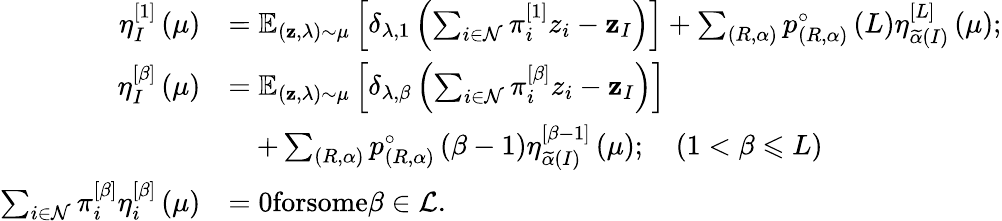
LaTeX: \begin{array}{rl}{\eta_{I}^{\left[1\right]}\left(\mu\right)}&{=\mathbb{E}_{\left(\mathbf{z},\lambda\right)\sim\mu}\left[\delta_{\lambda,1}\left(\sum_{i\in\mathcal{N}}\pi_{i}^{\left[1\right]}z_{i}-\mathbf{z}_{I}\right)\right]+\sum_{\left(R,\alpha\right)}p_{\left(R,\alpha\right)}^{\circ}\left(L\right)\eta_{\widetilde{\alpha}\left(I\right)}^{\left[L\right]}\left(\mu\right);}\\ {\eta_{I}^{\left[\beta\right]}\left(\mu\right)}&{=\mathbb{E}_{\left(\mathbf{z},\lambda\right)\sim\mu}\left[\delta_{\lambda,\beta}\left(\sum_{i\in\mathcal{N}}\pi_{i}^{\left[\beta\right]}z_{i}-\mathbf{z}_{I}\right)\right]}\\ &{\quad+\sum_{\left(R,\alpha\right)}p_{\left(R,\alpha\right)}^{\circ}\left(\beta-1\right)\eta_{\widetilde{\alpha}\left(I\right)}^{\left[\beta-1\right]}\left(\mu\right);\quad\left(1<\beta\leqslant L\right)}\\ {\sum_{i\in\mathcal{N}}\pi_{i}^{\left[\beta\right]}\eta_{i}^{\left[\beta\right]}\left(\mu\right)}&{=0\textrm{forsome}\beta\in\mathcal{L}.}\end{array}